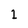
Character: 1